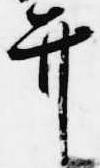
弁